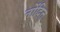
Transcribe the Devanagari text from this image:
नोंदित